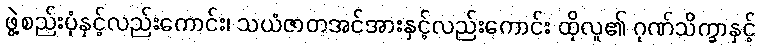
ဖွဲ့စည်းပုံနှင့်လည်းကောင်း၊ သယံဇာတအင်အားနှင့်လည်းကောင်း ထိုလူ၏ ဂုဏ်သိက္ခာနှင့်